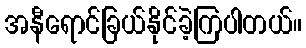
အနီရောင်ခြယ်နိုင်ခဲ့ကြပါတယ်။